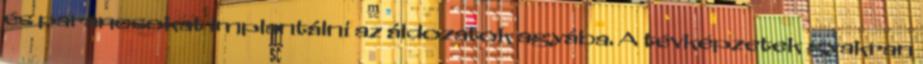
és parancsokat implantálni az áldozatok agyába. A tévképzetek gyakran